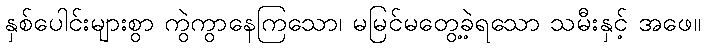
နှစ်ပေါင်းများစွာ ကွဲကွာနေကြသော၊ မမြင်မတွေ့ခဲ့ရသော သမီးနှင့် အဖေ။